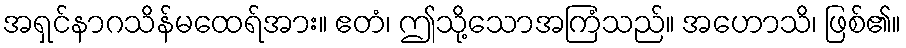
အရှင်နာဂသိန်မထေရ်အား။ ဧတံ၊ ဤသို့သောအကြံသည်။ အဟောသိ၊ ဖြစ်၏။